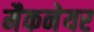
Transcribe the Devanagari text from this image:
मैकनेयर